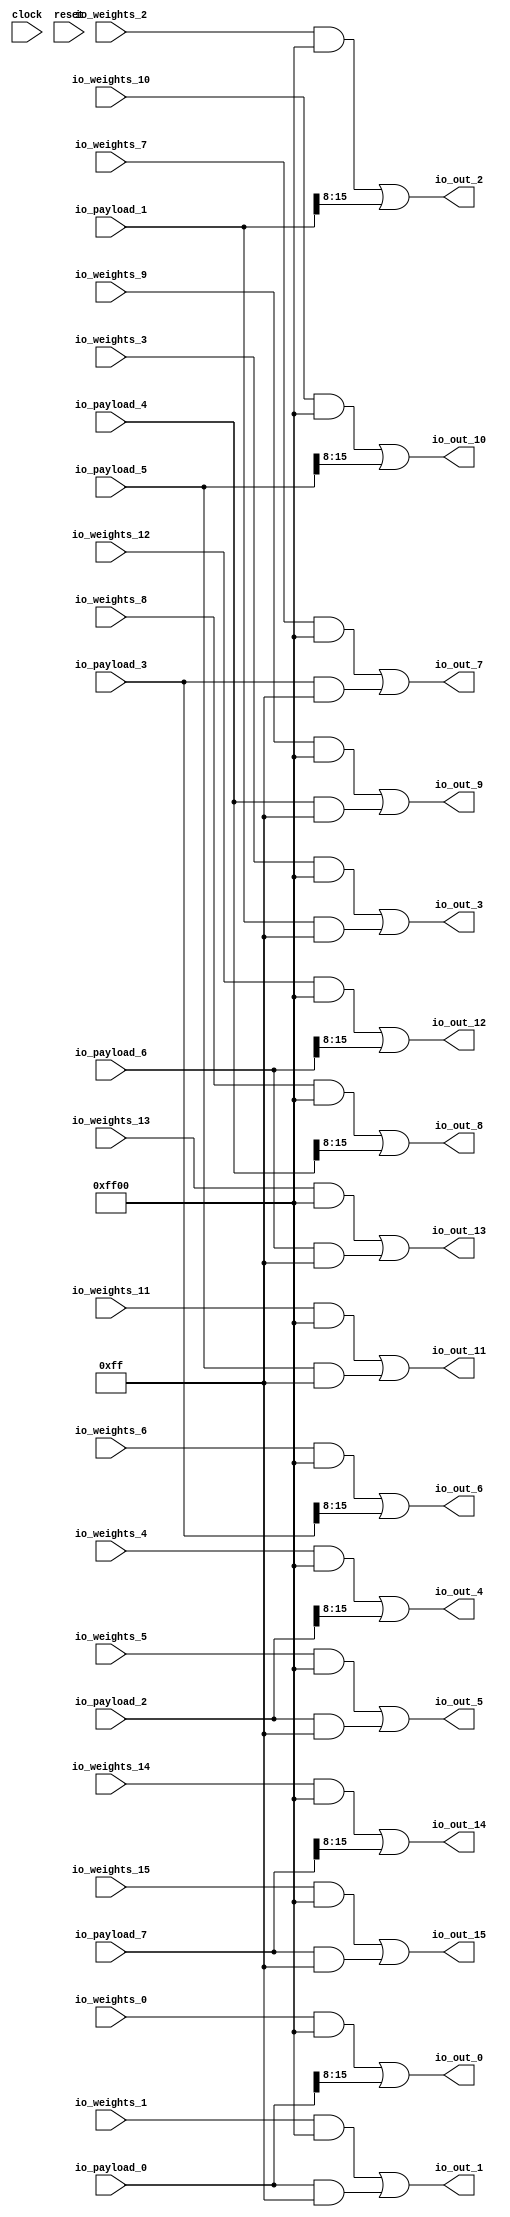
module GPUMemCombinator32B(
  input         clock,
  input         reset,
  input  [15:0] io_payload_0,
  input  [15:0] io_payload_1,
  input  [15:0] io_payload_2,
  input  [15:0] io_payload_3,
  input  [15:0] io_payload_4,
  input  [15:0] io_payload_5,
  input  [15:0] io_payload_6,
  input  [15:0] io_payload_7,
  input  [15:0] io_weights_0,
  input  [15:0] io_weights_1,
  input  [15:0] io_weights_2,
  input  [15:0] io_weights_3,
  input  [15:0] io_weights_4,
  input  [15:0] io_weights_5,
  input  [15:0] io_weights_6,
  input  [15:0] io_weights_7,
  input  [15:0] io_weights_8,
  input  [15:0] io_weights_9,
  input  [15:0] io_weights_10,
  input  [15:0] io_weights_11,
  input  [15:0] io_weights_12,
  input  [15:0] io_weights_13,
  input  [15:0] io_weights_14,
  input  [15:0] io_weights_15,
  output [15:0] io_out_0,
  output [15:0] io_out_1,
  output [15:0] io_out_2,
  output [15:0] io_out_3,
  output [15:0] io_out_4,
  output [15:0] io_out_5,
  output [15:0] io_out_6,
  output [15:0] io_out_7,
  output [15:0] io_out_8,
  output [15:0] io_out_9,
  output [15:0] io_out_10,
  output [15:0] io_out_11,
  output [15:0] io_out_12,
  output [15:0] io_out_13,
  output [15:0] io_out_14,
  output [15:0] io_out_15
);
  wire [15:0] half_weights1 = io_weights_0 & 16'hff00; // @[combinator.scala 96:41]
  wire [15:0] half_weights2 = io_weights_1 & 16'hff00; // @[combinator.scala 97:45]
  wire [15:0] half_payload1 = {{8'd0}, io_payload_0[15:8]}; // @[combinator.scala 99:40]
  wire [15:0] half_payload2 = io_payload_0 & 16'hff; // @[combinator.scala 100:39]
  wire [15:0] half_weights1_1 = io_weights_2 & 16'hff00; // @[combinator.scala 96:41]
  wire [15:0] half_weights2_1 = io_weights_3 & 16'hff00; // @[combinator.scala 97:45]
  wire [15:0] half_payload1_1 = {{8'd0}, io_payload_1[15:8]}; // @[combinator.scala 99:40]
  wire [15:0] half_payload2_1 = io_payload_1 & 16'hff; // @[combinator.scala 100:39]
  wire [15:0] half_weights1_2 = io_weights_4 & 16'hff00; // @[combinator.scala 96:41]
  wire [15:0] half_weights2_2 = io_weights_5 & 16'hff00; // @[combinator.scala 97:45]
  wire [15:0] half_payload1_2 = {{8'd0}, io_payload_2[15:8]}; // @[combinator.scala 99:40]
  wire [15:0] half_payload2_2 = io_payload_2 & 16'hff; // @[combinator.scala 100:39]
  wire [15:0] half_weights1_3 = io_weights_6 & 16'hff00; // @[combinator.scala 96:41]
  wire [15:0] half_weights2_3 = io_weights_7 & 16'hff00; // @[combinator.scala 97:45]
  wire [15:0] half_payload1_3 = {{8'd0}, io_payload_3[15:8]}; // @[combinator.scala 99:40]
  wire [15:0] half_payload2_3 = io_payload_3 & 16'hff; // @[combinator.scala 100:39]
  wire [15:0] half_weights1_4 = io_weights_8 & 16'hff00; // @[combinator.scala 96:41]
  wire [15:0] half_weights2_4 = io_weights_9 & 16'hff00; // @[combinator.scala 97:45]
  wire [15:0] half_payload1_4 = {{8'd0}, io_payload_4[15:8]}; // @[combinator.scala 99:40]
  wire [15:0] half_payload2_4 = io_payload_4 & 16'hff; // @[combinator.scala 100:39]
  wire [15:0] half_weights1_5 = io_weights_10 & 16'hff00; // @[combinator.scala 96:41]
  wire [15:0] half_weights2_5 = io_weights_11 & 16'hff00; // @[combinator.scala 97:45]
  wire [15:0] half_payload1_5 = {{8'd0}, io_payload_5[15:8]}; // @[combinator.scala 99:40]
  wire [15:0] half_payload2_5 = io_payload_5 & 16'hff; // @[combinator.scala 100:39]
  wire [15:0] half_weights1_6 = io_weights_12 & 16'hff00; // @[combinator.scala 96:41]
  wire [15:0] half_weights2_6 = io_weights_13 & 16'hff00; // @[combinator.scala 97:45]
  wire [15:0] half_payload1_6 = {{8'd0}, io_payload_6[15:8]}; // @[combinator.scala 99:40]
  wire [15:0] half_payload2_6 = io_payload_6 & 16'hff; // @[combinator.scala 100:39]
  wire [15:0] half_weights1_7 = io_weights_14 & 16'hff00; // @[combinator.scala 96:41]
  wire [15:0] half_weights2_7 = io_weights_15 & 16'hff00; // @[combinator.scala 97:45]
  wire [15:0] half_payload1_7 = {{8'd0}, io_payload_7[15:8]}; // @[combinator.scala 99:40]
  wire [15:0] half_payload2_7 = io_payload_7 & 16'hff; // @[combinator.scala 100:39]
  assign io_out_0 = half_weights1 | half_payload1; // @[combinator.scala 102:34]
  assign io_out_1 = half_weights2 | half_payload2; // @[combinator.scala 103:38]
  assign io_out_2 = half_weights1_1 | half_payload1_1; // @[combinator.scala 102:34]
  assign io_out_3 = half_weights2_1 | half_payload2_1; // @[combinator.scala 103:38]
  assign io_out_4 = half_weights1_2 | half_payload1_2; // @[combinator.scala 102:34]
  assign io_out_5 = half_weights2_2 | half_payload2_2; // @[combinator.scala 103:38]
  assign io_out_6 = half_weights1_3 | half_payload1_3; // @[combinator.scala 102:34]
  assign io_out_7 = half_weights2_3 | half_payload2_3; // @[combinator.scala 103:38]
  assign io_out_8 = half_weights1_4 | half_payload1_4; // @[combinator.scala 102:34]
  assign io_out_9 = half_weights2_4 | half_payload2_4; // @[combinator.scala 103:38]
  assign io_out_10 = half_weights1_5 | half_payload1_5; // @[combinator.scala 102:34]
  assign io_out_11 = half_weights2_5 | half_payload2_5; // @[combinator.scala 103:38]
  assign io_out_12 = half_weights1_6 | half_payload1_6; // @[combinator.scala 102:34]
  assign io_out_13 = half_weights2_6 | half_payload2_6; // @[combinator.scala 103:38]
  assign io_out_14 = half_weights1_7 | half_payload1_7; // @[combinator.scala 102:34]
  assign io_out_15 = half_weights2_7 | half_payload2_7; // @[combinator.scala 103:38]
endmodule